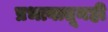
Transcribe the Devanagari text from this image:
प्रभावातूनही